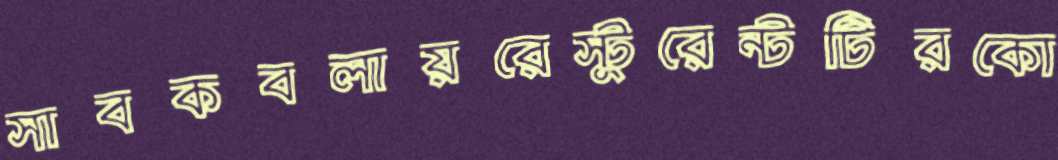
সাবকবলায়রেস্টুরেন্টটিরকো